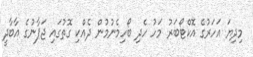
މިދިޔަ އަހަރުގެ އޮކްޓޯބަރު މަހު ހެދި ބޯހިމެނުމުން ދެއްކި ގޮތުގައި ޖަޕާނުގެ އާބާދީ